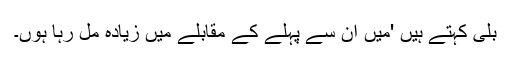
بلی کہتے ہیں 'میں ان سے پہلے کے مقابلے میں زیادہ مل رہا ہوں۔